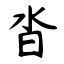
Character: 沓